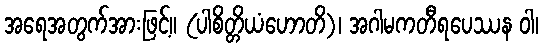
အရေအတွက်အားဖြင့်။ (ပါစိတ္တိယံဟောတိ)၊ အဂါမကတီရပေဿန ဝါ၊